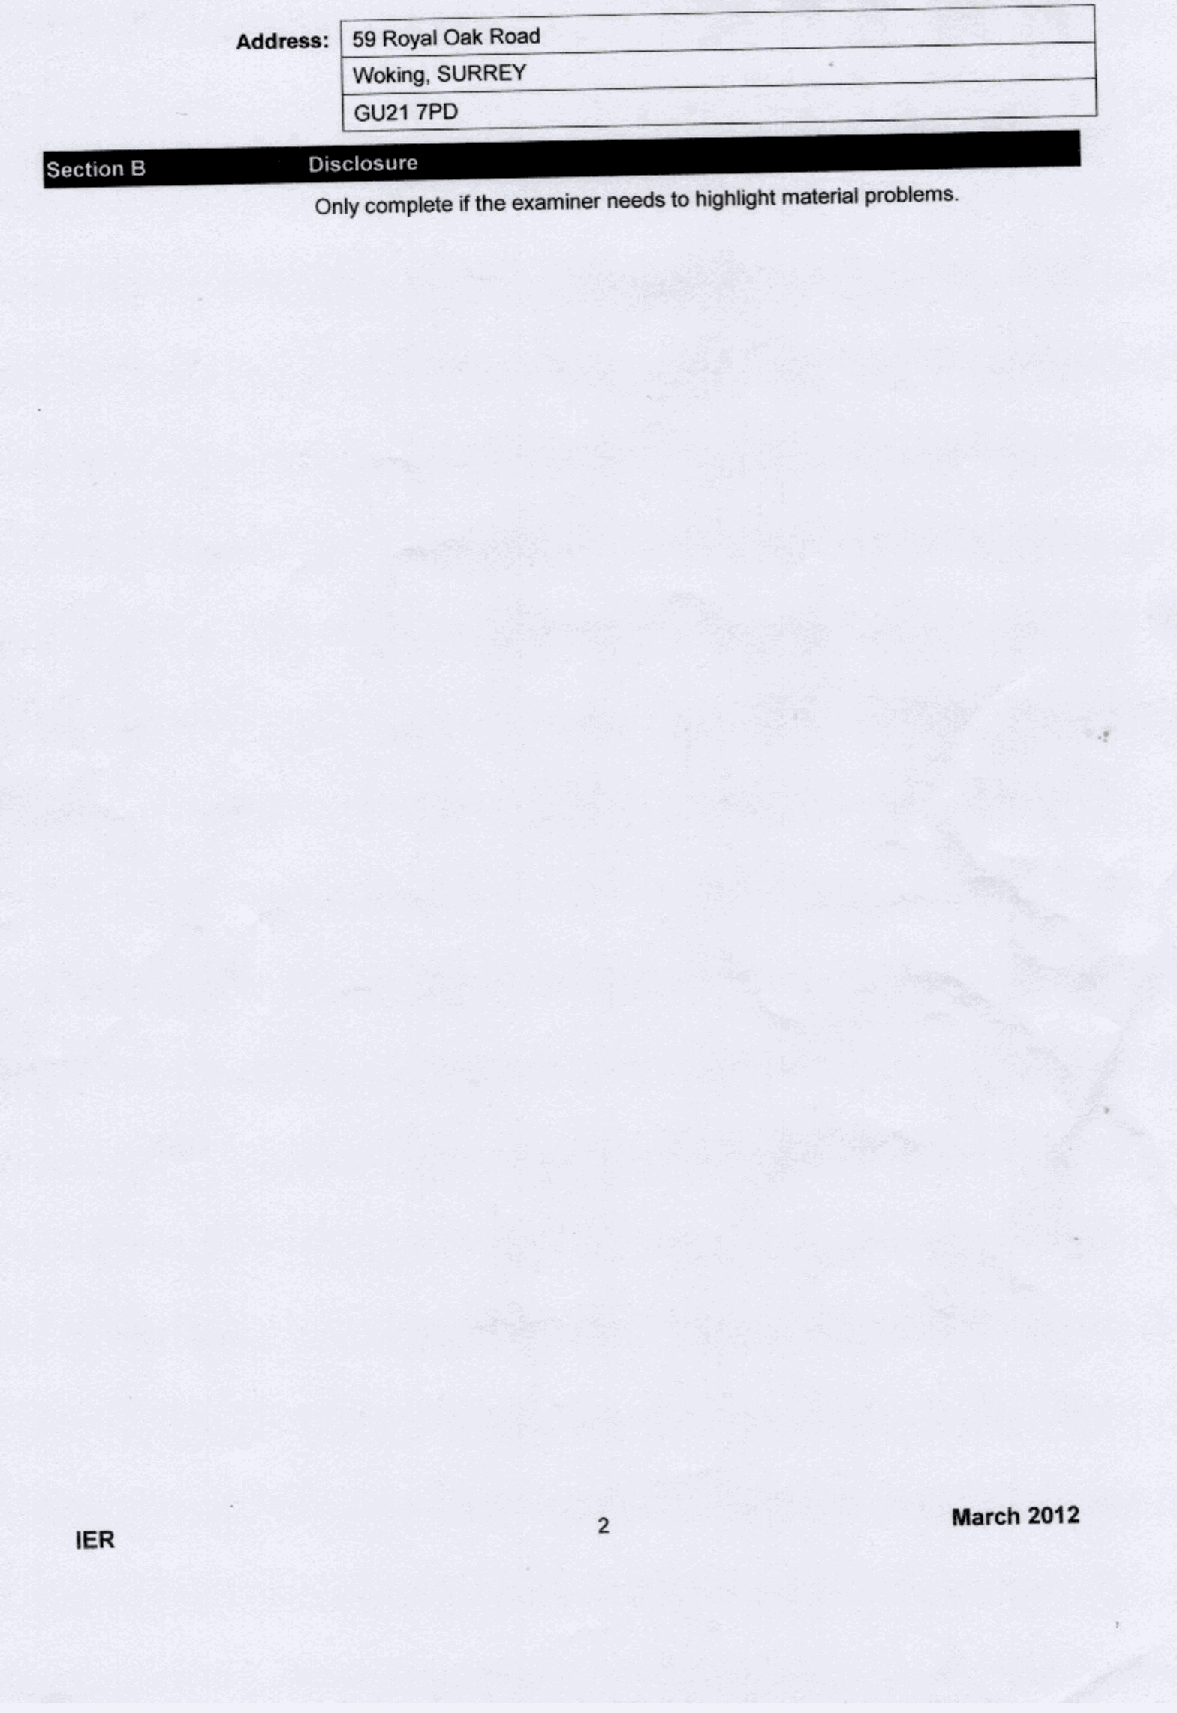
Wokinp, SURREY
 IER